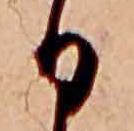
日